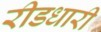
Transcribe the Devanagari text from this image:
रीडधारी